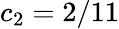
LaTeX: c_{2}=2/11